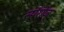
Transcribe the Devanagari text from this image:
स्पॅरोज्